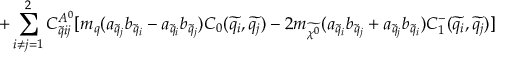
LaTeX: + \sum _ { i \neq j = 1 } ^ { 2 } C _ { \widetilde { q } i j } ^ { A ^ { 0 } } [ m _ { q } ( a _ { \widetilde { q } _ { j } } b _ { \widetilde { q } _ { i } } - a _ { \widetilde { q } _ { i } } b _ { \widetilde { q } _ { j } } ) C _ { 0 } ( \widetilde { q _ { i } } , \widetilde { q _ { j } } ) - 2 m _ { \widetilde { \chi ^ { 0 } } } ( a _ { \widetilde { q } _ { i } } b _ { \widetilde { q } _ { j } } + a _ { \widetilde { q } _ { j } } b _ { \widetilde { q } _ { i } } ) C _ { 1 } ^ { - } ( \widetilde { q _ { i } } , \widetilde { q _ { j } } ) ]